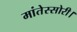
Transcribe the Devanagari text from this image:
मांतेस्सोरी।